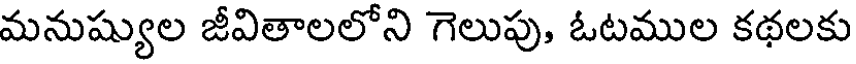
మనుష్యుల జీవితాలలోని గెలుపు, ఓటముల కథలకు